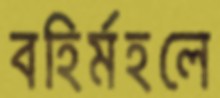
বহির্মহলে